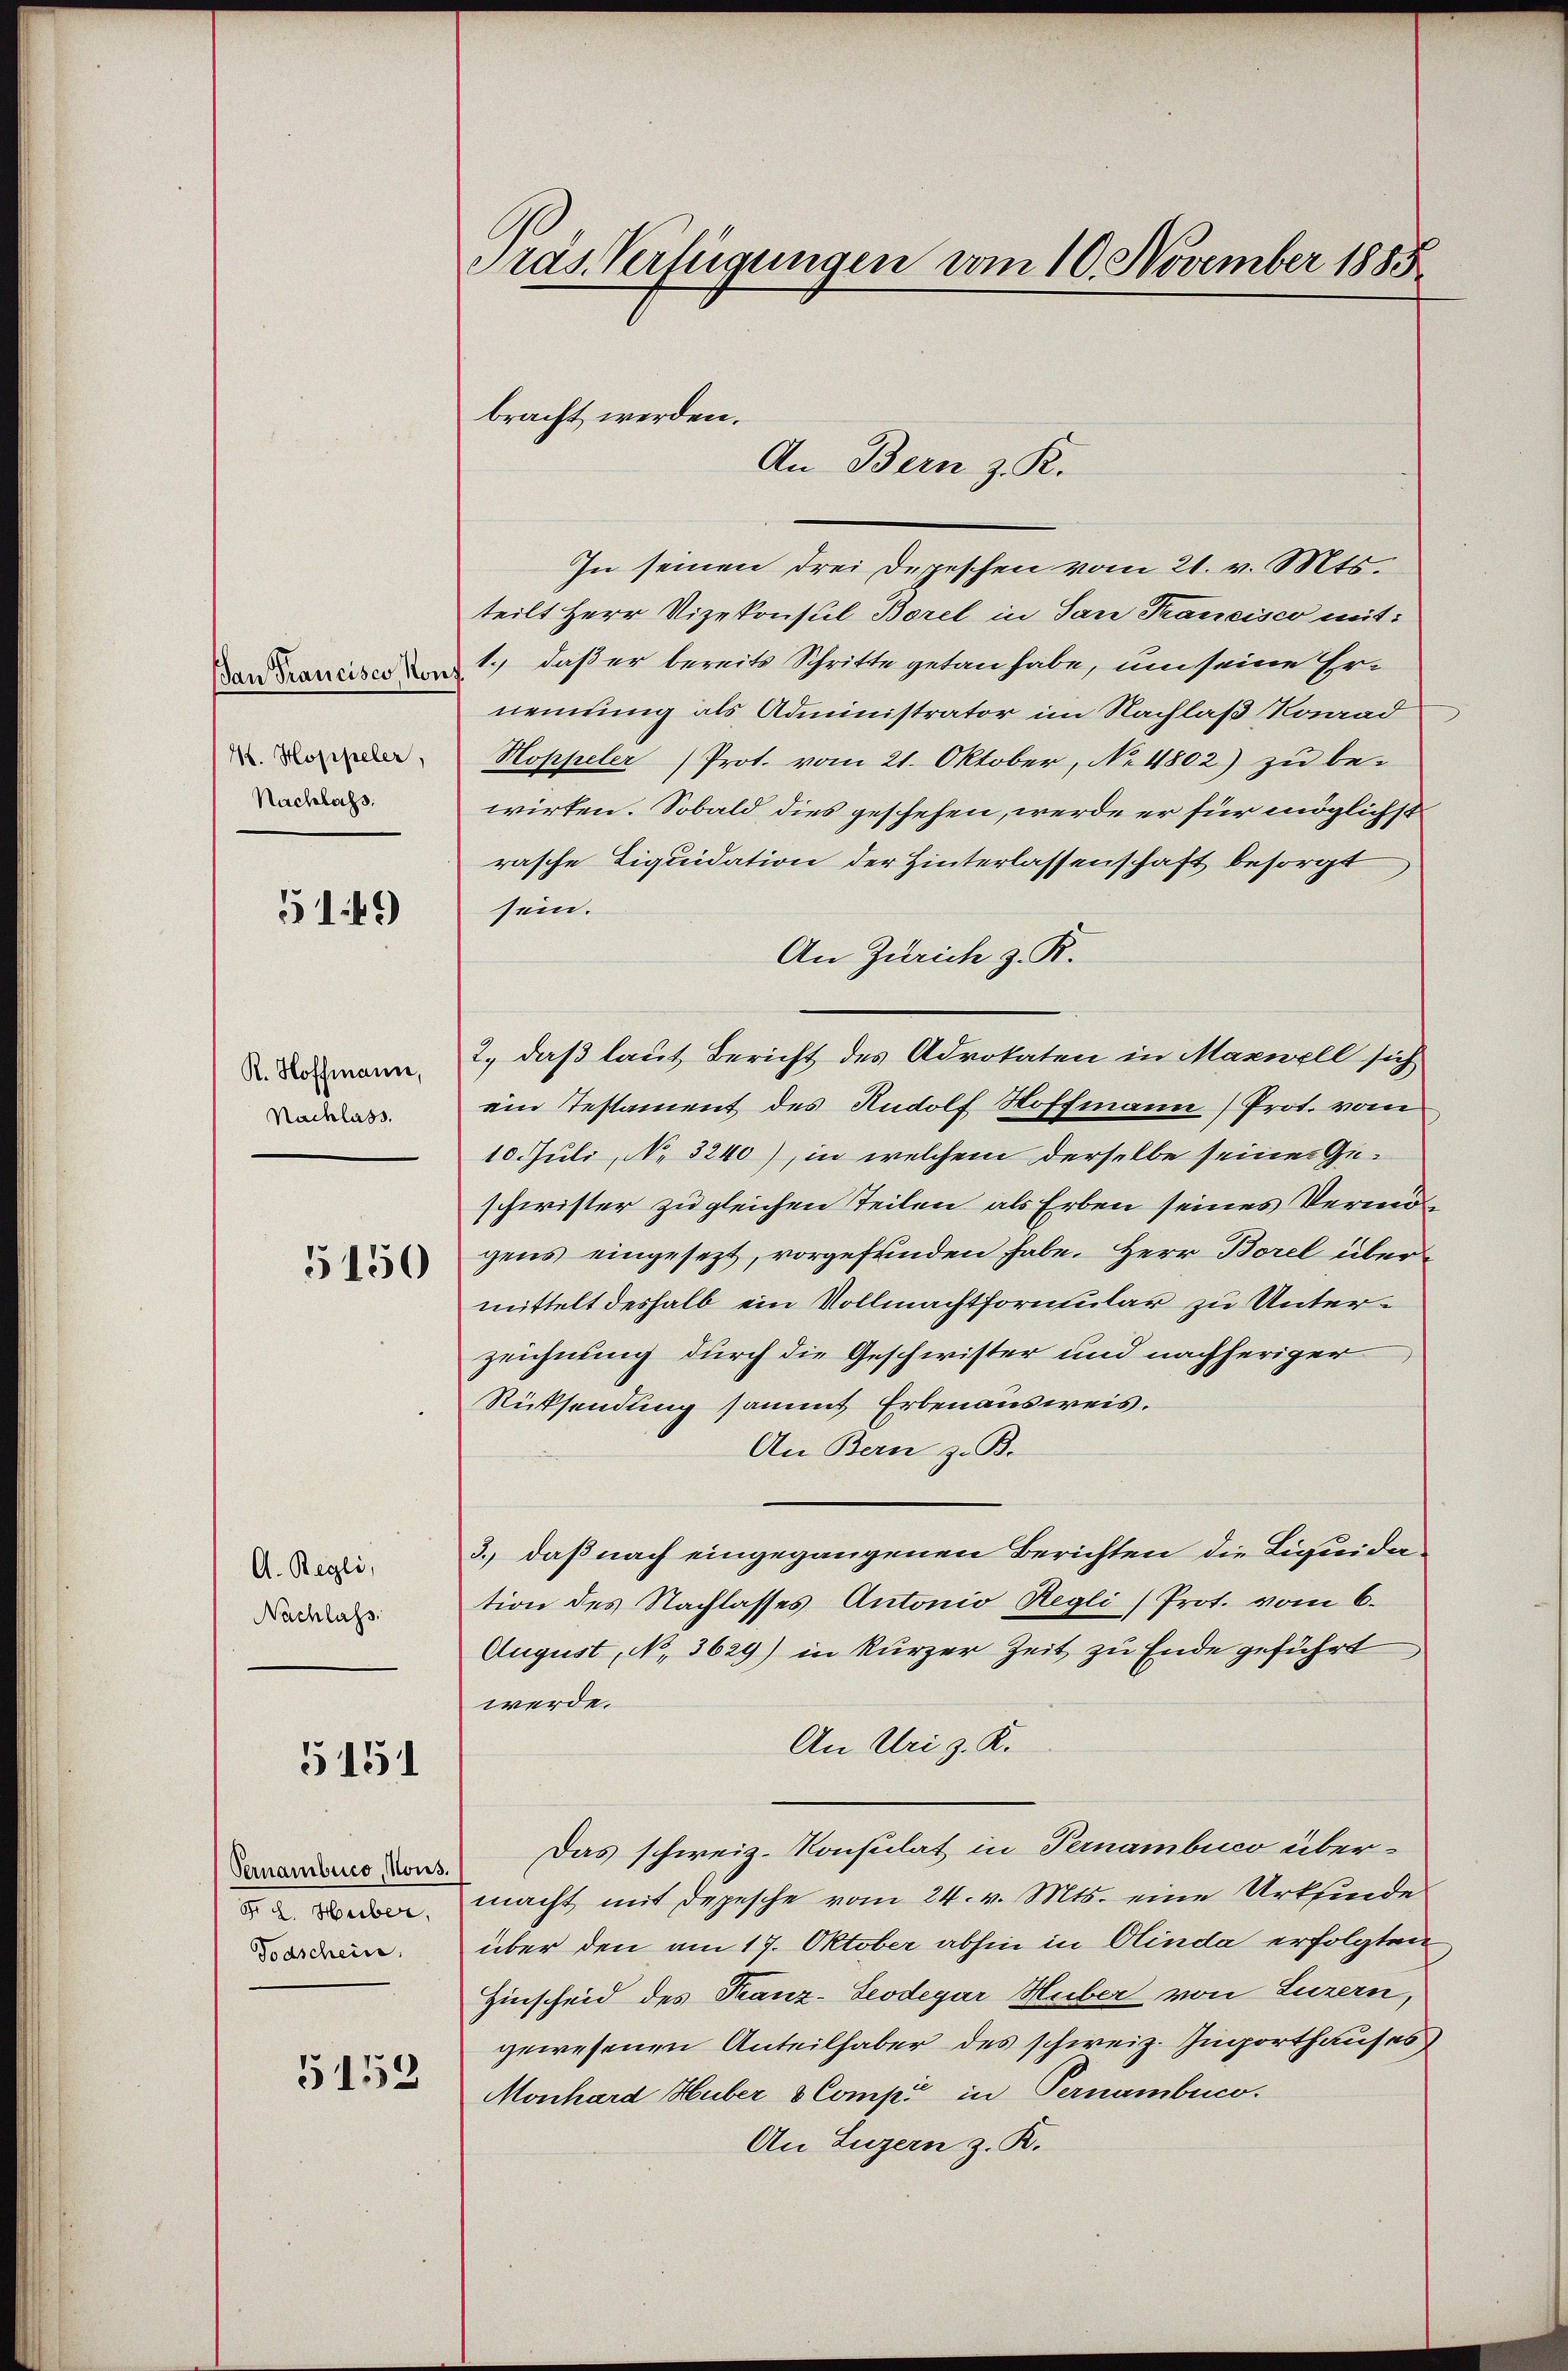
an Francisco Nonf.
4. Hoppeler,
Nachlass

149

R. Hoffmann,
Nachlass.

5150

A. Regli,
Nachlass.

5151

Vernamburg, Nous.
Fr. 2. Huber,
Todschein.

5153

Präs. Verfügungen vom 10. November 1885.

bracht werden.
An Bern z. K.

In seinen drei Depeschen vom 21. v. Mts.
teilt Herr Vizekonsul Borel in San Francisco mit:
1.) daß er bereits Schritte getan habe, um seine Ernemtung als Administrator im Nachlaß Konrad
Hoppeler (Prot. vom 21. Oktober, No 4802) zu be-
wirken. Sobald dies geschehen, werde er für möglichst
rasche Liquidation der Hinterlassenschaft besorgt
sein.
An Zürich z. R.
2., daß laut Bericht des Advokaten in Mannell sich
ein Testament des Rudolf Hoffmann) Prot. vom
10. Juli, No 3240), in welchem derselbe seiner Geschwister zu gleichen Teilen als Erben seines Vermögens eingesezt, vorgefunden habe. Herr Borel übermittelt deshalb ein Vollmachtformular zu Unterzeichnung durch die Geschwister und nachheriger
Rücksendung sammt Erbenausweis.
An Bern z. B.
3., daß nach eingegangenen Berichten die Liquidation des Nachlasses Antonio Regli/Prot. vom 6.
August, No. 3629) in kurzer Zeit zu Ende geführt
werde.
An Uri z. K.
Das schweiz. Konsulat in Pernambico über-
macht mit Depesche vom 24. v. Mts. eine Urkfinde
über den am 17. Oktober abhin in Olinda erfolgten
Hinscheid des Kanz-Leodegar Huber von Luzern,
gewesenen Anteilhaber des schweiz. Ingorthauses
Monhard Huber & Compi in Pernambuco.
An Luzern z. K.